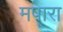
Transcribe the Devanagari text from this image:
मपारा